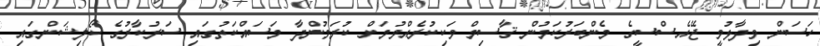
ހަސަން ވިދާޅުވީ ޖޭއެސްސީގެ މެންބަރުކަމުން ޤާސިމް ވަކިކުރެއްވުމަށް ކުރަމުންދާ މަސައްކަތުގައި ސަރުކާރުގެ ކޯލިޝަންގައި